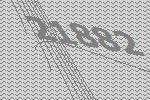
21882